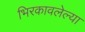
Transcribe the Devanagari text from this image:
भिरकावलेल्या